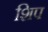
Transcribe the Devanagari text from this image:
शिप